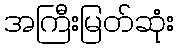
အကြီးမြတ်ဆုံး